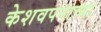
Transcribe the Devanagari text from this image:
केशवपनाच्या